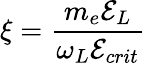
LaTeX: \xi=\frac{m_{e}\mathcal{E}_{L}}{\omega_{L}\mathcal{E}_{crit}}